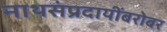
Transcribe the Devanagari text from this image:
नाथसंप्रदायींबरोबर